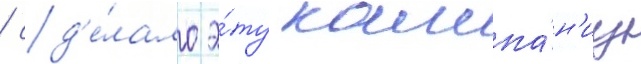
/ сд'е́лало э́ту кампа́н'иу